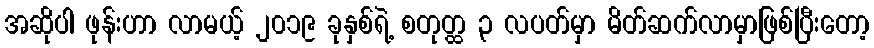
အဆိုပါ ဖုန်းဟာ လာမယ့် ၂၀၁၉ ခုနှစ်ရဲ့ စတုတ္ထ ၃ လပတ်မှာ မိတ်ဆက်လာမှာဖြစ်ပြီးတော့